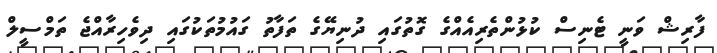
ފާރިޝް ވަނީ ޓެނިސް ކުޅުންތެރިއެއްގެ ގޮތުގައި ދުނިޔޭގެ ތަފާތު ގައުމުތަކުގައި ދިވެހިރާއްޖެ ތަމްސީލް